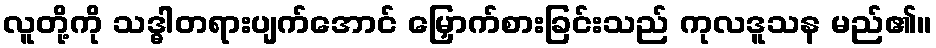
လူတို့ကို သဒ္ဓါတရားပျက်အောင် မြှောက်စားခြင်းသည် ကုလဒူသန မည်၏။